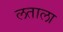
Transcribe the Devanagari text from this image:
लताला